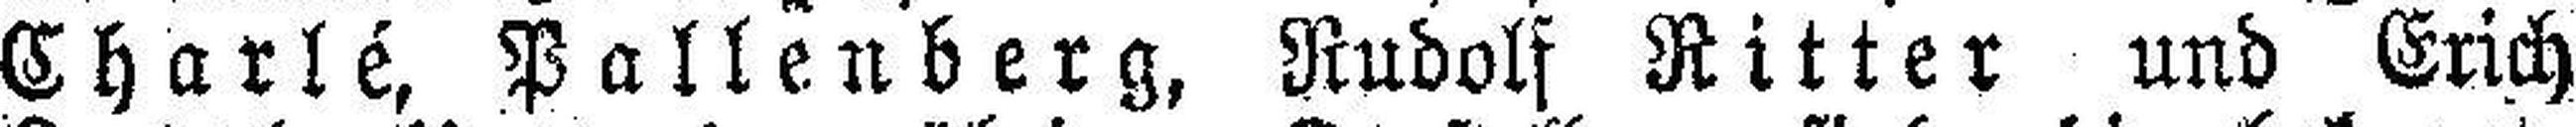
Charlé, Pallenberg, Rudolf Ritter und Erich